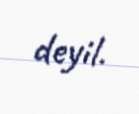
deyil.